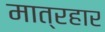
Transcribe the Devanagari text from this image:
मात्रहार